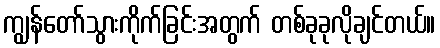
ကျွန်တော်သွားကိုက်ခြင်းအတွက် တစ်ခုခုလိုချင်တယ်။